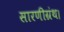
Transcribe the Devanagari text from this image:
सारणीग्रंथ।